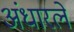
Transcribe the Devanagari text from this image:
अंधारले